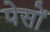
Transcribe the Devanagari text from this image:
पेसों